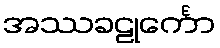
အဿခဠုင်္ကော